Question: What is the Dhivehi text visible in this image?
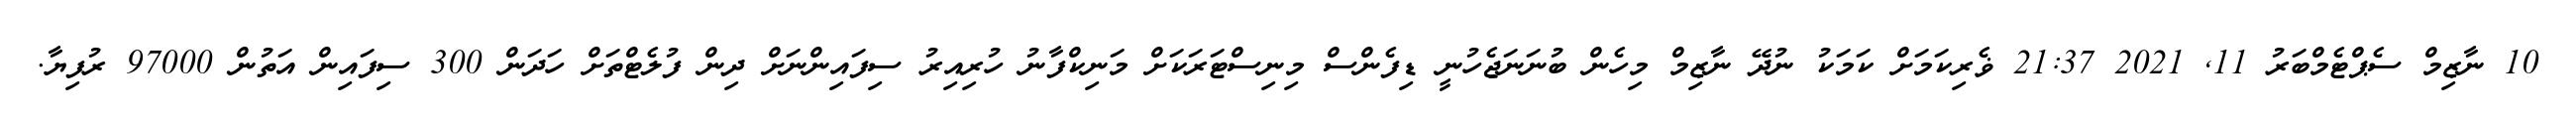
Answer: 10 ނާޒިމް ސެޕްޓެމްބަރު 11, 2021 21:37 ޥެރިކަމަށް ކަމަކު ނުދޭ ނާޒިމް މިހެން ބުނަނަޖެހުނީ ޑިފެންސް މިނިސްޓަރަކަށް މަނިކްފާނު ހުރިއިރު ސިފައިންނަށް ދިން ފުލެޓްތަށް ހަދަން 300 ސިފައިން އަތުން 97000 ރުފިޔާ.